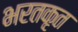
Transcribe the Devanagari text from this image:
भरतकृत